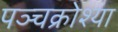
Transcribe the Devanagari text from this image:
पञ्चक्रोश्या